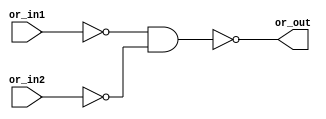
module my_or(or_out,or_in1,or_in2);

  input or_in1,or_in2;
  output or_out;
  
  
  //nand na2(n_or_in1,or_in1,or_in1);
  //nand na3(n_or_in2,or_in2,or_in2);
  nand na1(or_out,~or_in1,~or_in2);

  
endmodule

module my_and(and_out,and_in1,and_in2);
  
  input and_in1,and_in2;
  output and_out;
  wire nandin1,nandin2,nout;
  
  nand na1(and_out,nout,nout);
  nand na2(nandin1,and_in1,and_in1);
  nand na3(nandin2,and_in2,and_in2);
  my_or or1(nout,nandin1,nandin2);

  
endmodule

module my_not(not_out1,not_out2,not_in1,not_in2);
  
  input not_in1,not_in2;
  output not_out1,not_out2;
  
  nand na2(not_out1,not_in1,1);
  nand na3(not_out2,not_in2,1);
  
endmodule

module stimulus5_1;
  
  reg in1,in2;
  wire out_or,out_and,out_not1,out_not2;
  wire out_or_sys,out_and_sys,out_not1_sys,out_not2_sys;
  reg [2:0] counter;  
  
  my_or myor(out_or,in1,in2);
  or or_sys(out_or_sys,in1,in2);
  
  my_and myand(out_and,in1,in2);
  and and_sys(out_and_sys,in1,in2);
  
  my_not mynot1(out_not1,out_not2,in1,in2);
  not not_sys(out_not1_sys,in1);
  not not_sys1(out_not2_sys,in2);
  
  
  
  initial
  begin
    counter = 1'd0;
    in1 <= 1'b0;
    in2 <= 1'b0;
    
    #5 in1 = 1'b1;
    counter = counter+1;
    
    #5 in2 = 1'b1;
    counter = counter+1;
    
    #5 in1 = 1'b0;
    counter = counter+1;
    
    #20 $finish;
  end
  
  always@(in1 or in2)
    begin           
      if (out_or==out_or_sys)
        $display("PASS my_or function test %d\n",counter); 
      else
        begin
        $display("[NG] my_or function test %d\n",counter);
        $display(" in1 = %b ; in2 = %b ; out_or = %b ; out_or_sys = %b \n",in1,in2,out_or,out_or_sys);
        end
    end
    
 always@(in1 or in2)
    begin   
      
      if (out_and==out_and_sys)
        $display("PASS my_and function test %d\n",counter); 
      else
        begin
        $display("[NG] my_and function test %d\n",counter);   
        $display(" in1 = %b ; in2 = %b ; out_and = %b ; out_and_sys = %b \n",in1,in2,out_and,out_and_sys);
        end
    end
    
 always@(in1 or in2)
    begin
           
      if (out_not1==out_not1_sys)
        $display("PASS my_not1 function test %d\n",counter); 
      else
        begin
        $display("[NG] my_not1 function test %d\n",counter);
        $display(" in1 = %b ; out_not1 = %b ; out_or_sys = %b \n",in1,out_not1,out_not1_sys);
        end
    end

 always@(in1 or in2)
    begin
          
      if(out_not2==out_not2_sys)
        $display("PASS my_not2 function test %d\n",counter); 
      else
        begin
        $display("[NG] my_not2 function test %d\n",counter);
        $display(" in1 = %b ; out_not1 = %b ; out_or_sys = %b \n",in1,out_not1,out_not1_sys);
        end
    end
          
endmodule